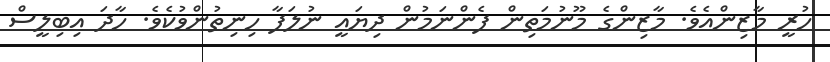
ހުރީ މާޒިންއެވެ. މާޒިންގެ މޫނުމަތިން ފެންނަމުން ދިޔައީ ނުލަފާ ހިނިތުންވުކެވެ. ހާދަ އިބިލީސް